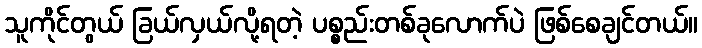
သူကိုင်တွယ် ခြယ်လှယ်လို့ရတဲ့ ပစ္စည်းတစ်ခုလောက်ပဲ ဖြစ်စေချင်တယ်။